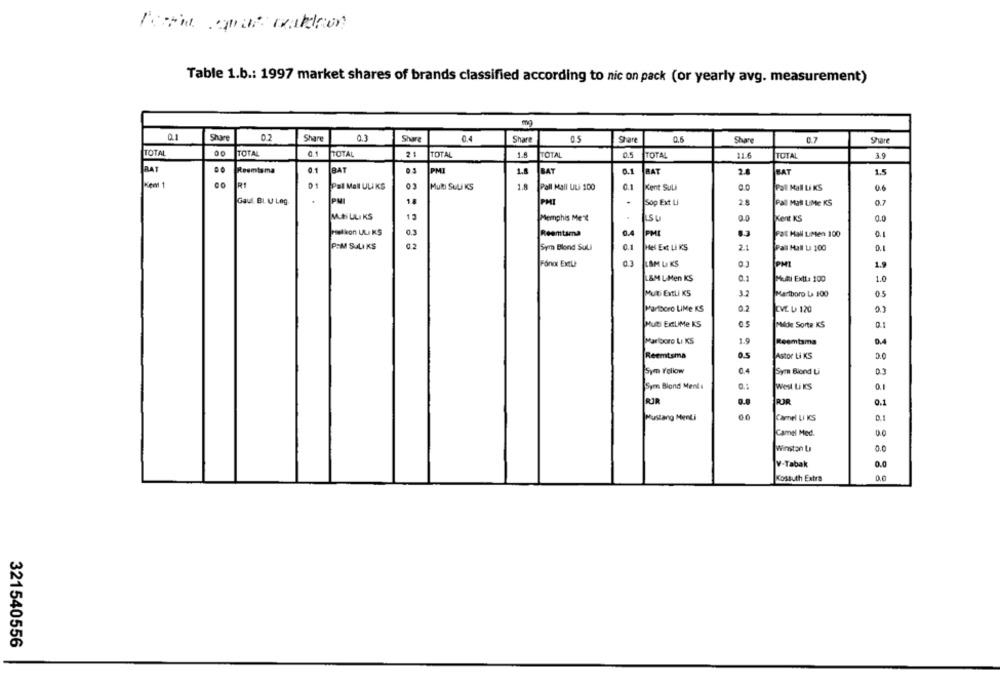
Table 1.b .: 1997 market shares of brands classified according to nic on pack (or yearly avg. measurement)
Share
0.3
Share
05
0.6
Share
Share
Share
0.7
Share
TOTAL
TOTAL
TOTAL
21
TOTAL
1.8
TOTAL
05
TOTAL
11.6
TOTAL
3.9
RAT
Reemtsma
BAT
PMI
1.8
BAT
0.1
BAT
2.0
BAT
1.5
Kem 1
CO
R1
Pal Mall ULI KS
MuRi SULI KS
1.8
Pall Mall ULi 100
Kent Sull
0.1
Pall Mall Li KS
0.6
Gaul. BI. U Løg
PM
1.
PMI
.
Sop Ext Li
28
Pall Mall UiMe KS
0.7
M.+i ULI KS
13
Memphis Ment
.
LSU
Kent KS
0.0
0,3
Reemtsma
0.4
PHE
Pat Hall LiMen 100
POM SULI KS
Sym Blond Suli
0.1
Hel Ext Li KS
2.1
Pal Hall La 100
L&M LI KS
PMI
1.9
L&M L-Men KS
0.1
MURI ExtLa 100
1.0
Multi ErtLi KS
Martboro La 100
0.5
Marlboro LiMe KS
02
CVE U 120
Mut ExLIMe KS
Molde Sorte KS
Marlboro Li KS
1.9
Reemtsma
D.4
Reemtsma
Astor Li KS
Sym Follow
Sym Blond Li
Sym Blond Ment :
West Li KS
RIR
ROR
0.1
Mustang Menti
Camel LI KS
Camel Med.
0.0
Winston La
V-Tabak
0.0
Kossuth Extra
0.0
321540556